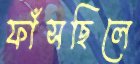
ফাঁসছিলে